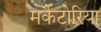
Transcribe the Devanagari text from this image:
मर्कैटोरिया